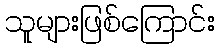
သူများဖြစ်ကြောင်း